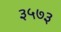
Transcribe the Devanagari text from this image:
३५७३